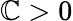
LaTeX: \mathbb{C}>0